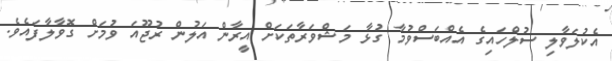
އެކުލަވާލި ސުލްހައިގެ އެއްބަސްވުމާ ގުޅާ މަޝްވަރާތަކަށް އީރާން އަލުން ރުޖޫއަ ވުމަށް ގޮވާލާފައެވެ.